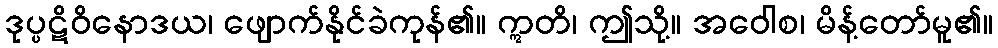
ဒုပ္ပဋိဝိနောဒယ၊ ဖျောက်နိုင်ခဲကုန်၏။ ဣတိ၊ ဤသို့။ အဝေါစ၊ မိန့်တော်မူ၏။